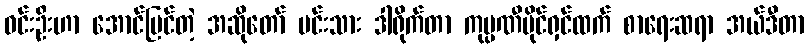
ဝင်းဦးဟာ အောင်မြင်တဲ့ အဆိုတော် မင်းသား ဒါရိုက်တာ ကုမ္ပဏီပိုင်ရှင်ထက် စာရေးဆရာ အယ်ဒီတာ